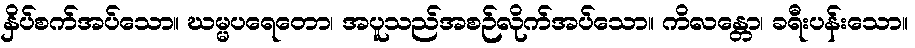
နှိပ်စက်အပ်သော။ ဃမ္မပရေတော၊ အပူသည်အစဉ်လိုက်အပ်သော။ ကိလန္တော၊ ခရီးပန်းသော။